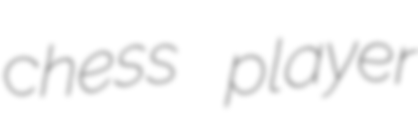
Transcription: chess player